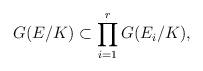
LaTeX: \begin{align*}G(E/K) \subset \prod_{i=1}^rG(E_i/K), \end{align*}